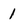
Character: 1